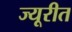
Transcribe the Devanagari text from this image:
ज्यूरीत